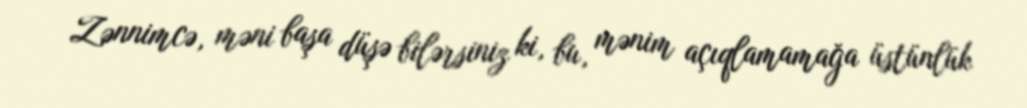
Zənnimcə, məni başa düşə bilərsiniz ki, bu, mənim açıqlamamağa üstünlük